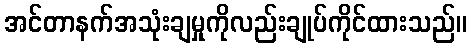
အင်တာနက်အသုံးချမှုကိုလည်းချုပ်ကိုင်ထားသည်။